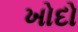
ખોદો